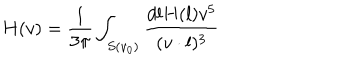
H ( v ) = { \frac { 1 } { 3 \pi } } \int _ { S ( v _ { 0 } ) } { \frac { d l H ( l ) v ^ { 5 } } { ( v \cdot l ) ^ { 3 } } }